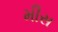
મીસ